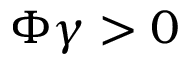
\Phi \gamma > 0